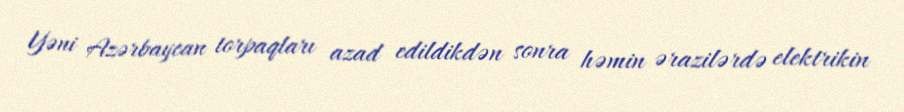
Yəni Azərbaycan torpaqları azad edildikdən sonra həmin ərazilərdə elektrikin